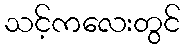
သင့်ကလေးတွင်